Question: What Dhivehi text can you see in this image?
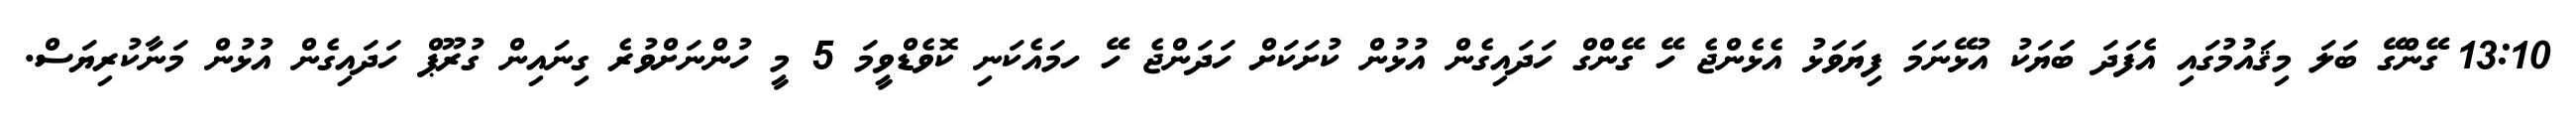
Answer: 13:10 ގޭންގޭ ބަލަ މިޤައުމުގައި އެފަދަ ބަަޔަކު އުޅޭނަމަ ފިޔަވަޅު އެޅެންޖެ ހޭ ގޭންގް ހަދައިގެން އުޅުން ކުށަކަށް ހަދަންޖެ ހޭ ހމައެކަނި ކޮވެޑްވީމަ 5 މީ ހުންނަށްވުރެ ގިނައިން ގުރޫޕް ހަދައިގެން އުޅުން މަނާކުރިޔަސް.